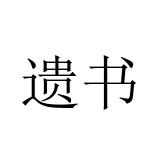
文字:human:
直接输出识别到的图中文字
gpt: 遗书